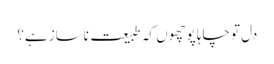
دل تو چاہا پوچھوں کہ طبیعت ناساز ہے؟